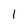
Character: I